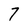
Character: 7